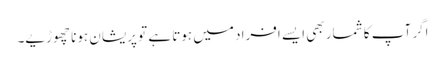
اگر آپ کا شمار بھی ایسے افراد میں ہوتا ہے تو پریشان ہونا چھوڑیے۔